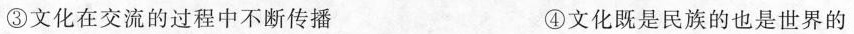
③文化在交流的过程中不断传播 ④文化既是民族的也是世界的